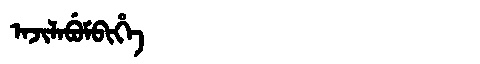
Manchu: ᠠᠵᡳᠯᠠᠪᡠᠮᠪᡳᡥᡝ
Romanization: AJILABUMBIHE